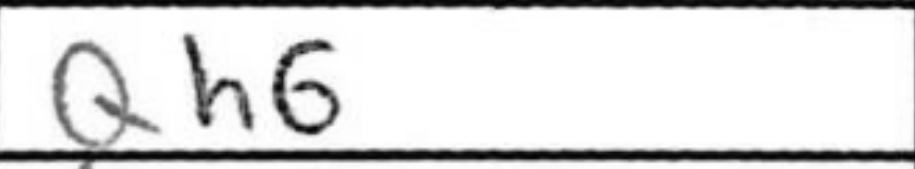
Transcription: Qh6